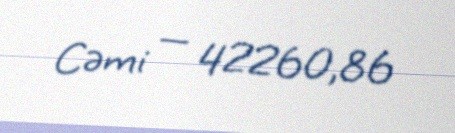
Cəmi — 42260,86